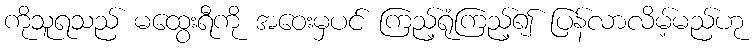
ကိုသူရသည် မထွေးရီကို အဝေးမှပင် ကြည့်ရုံကြည့်၍ ပြန်လာလိမ့်မည်ဟု